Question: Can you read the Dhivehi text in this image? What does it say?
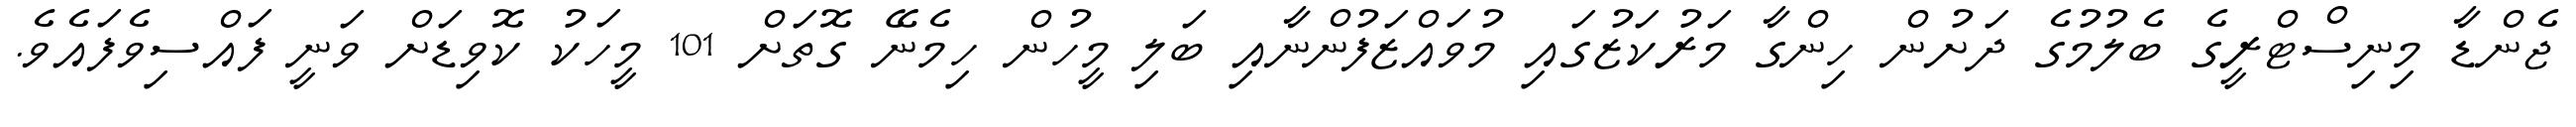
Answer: ޖެންޑާ މިނިސްޓްރީގެ ބެލުމުގެ ދަށުން ހިންގާ މަރުކަޒުގައި މުވައްޒަފުންނާއި ބަލި މީހުން ހިމެނޭ ގޮތަށް 101 މީހަކު ކޮވިޑަށް ވަނީ ފައްސިވެފައެވެ.